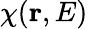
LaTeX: \chi(\mathbf{r},E)